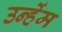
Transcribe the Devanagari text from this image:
उन्हेंम